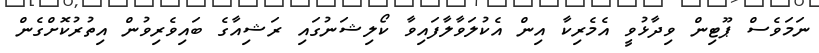
ނަމަވެސް ޕޫޓިން ވިދާޅުވީ އެމެރިކާ އިން އެކުލަވާލާފައިވާ ކޯލިޝަނުގައި ރަޝިއާގެ ބައިވެރިވުން އިތުރުކޮށްގެން